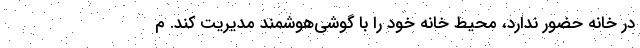
در خانه حضور ندارد، محیط خانه خود را با گوشی‌هوشمند مدیریت کند. م